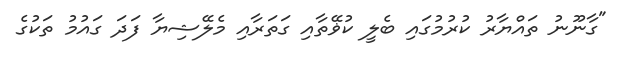
"ގާނޫނު ތައްޔާރު ކުރުމުގައި ބެލީ ކުޥޭތާއި ގަތަރާއި މެލޭޝިޔާ ފަދަ ގައުމު ތަކުގެ